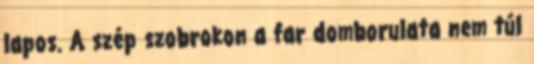
lapos. A szép szobrokon a far domborulata nem túl